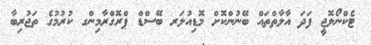
ޓެކްނޯލޮޖީ ފަދަ އާލާތްތައް ބޭނުންކޮށް މޮޑިއުލަރ ބޭސްޑް ޕްރޮގްރާމިންގ ކުރުމުގެ ތަޖުރިބާ